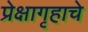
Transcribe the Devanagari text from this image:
प्रेक्षागृहाचे